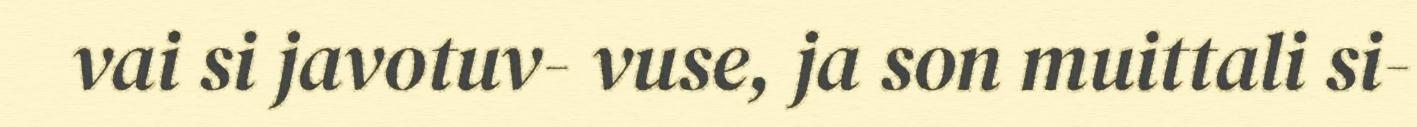
vai si javotuv- vuse, ja son muittali si-